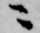
ニ